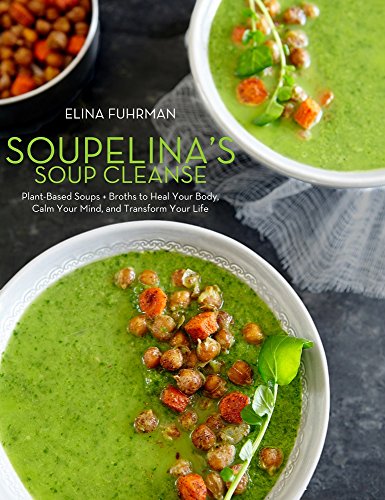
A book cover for Soupelina's Soup Cleanse: Plant-Based Soups and Broths to Heal Your Body, Calm Your Mind, and Transform Your Life; Elina Fuhrman; Cookbooks, Food & Wine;